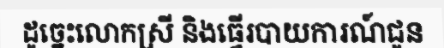
ដូច្នេះលោកស្រី និងធ្វើរបាយការណ៍ជូន